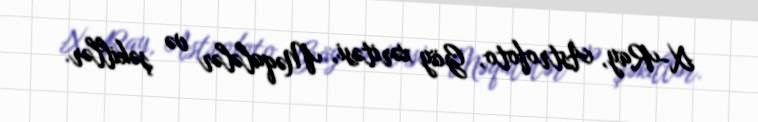
X-Ray, Astrofoto, Göy xəritəsi, Məqalələr və şəkillər.